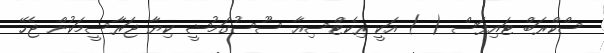
ސްކްރަބް ޓައިފަސް ( ) އަކީ ރިކެޓްސިއާ ސޫސުގަމުޝީ ކިޔާ ޖަރާސީމަކުން ޖެހޭ